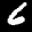
Label: 6